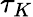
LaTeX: \tau_{K}